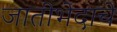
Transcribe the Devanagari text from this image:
जातीभेदाचे